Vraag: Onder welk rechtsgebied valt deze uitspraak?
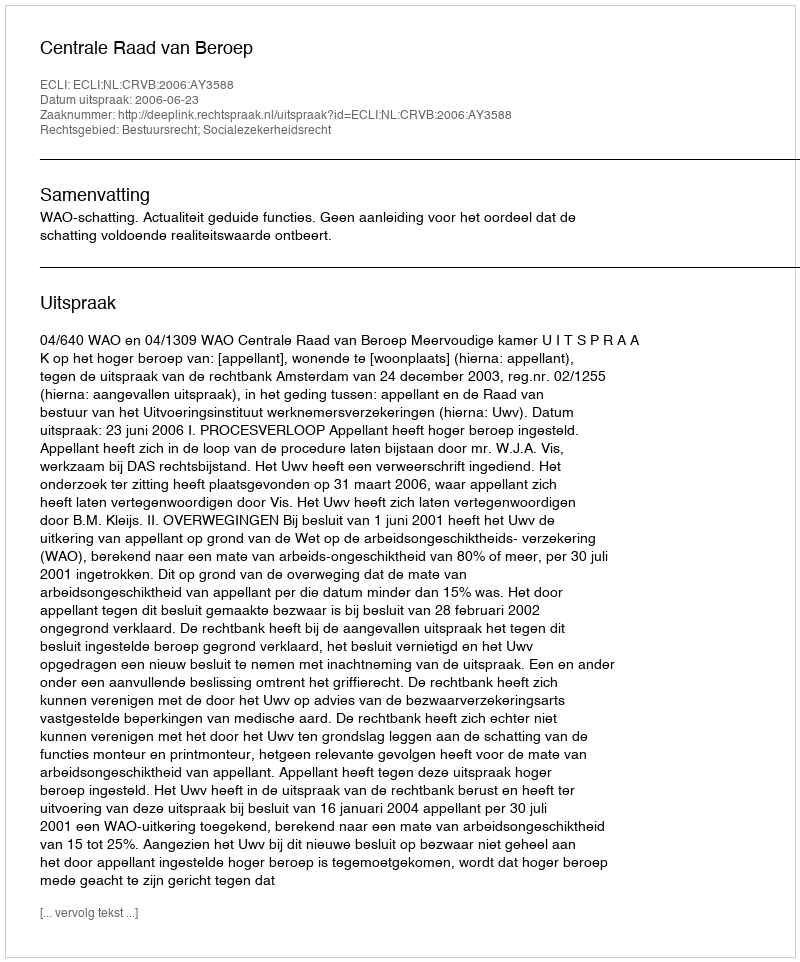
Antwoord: Bestuursrecht; Socialezekerheidsrecht